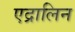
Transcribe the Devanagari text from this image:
एद्रालिन